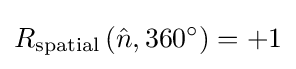
R_{\text{spatial}}\left({\hat {n}},360^{\circ }\right)=+1